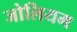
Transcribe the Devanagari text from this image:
जोलियम